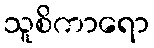
သူစိကာရော